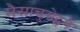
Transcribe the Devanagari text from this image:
मैसाचुसेट्समें